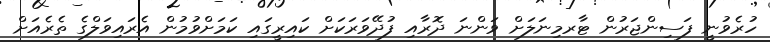
ހުރެވުނީ ފަސިންޖަރުން ޓާރމިނަލަށް ވަންނަ ދޮރާއި ފުދޭވަރަކަށް ކައިރީގައި ކަމަށްވުމުން އެރައިވަލްގެ ތެރެއަށް